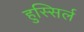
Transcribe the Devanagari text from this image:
हुस्सिर्ल